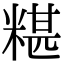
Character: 糂